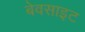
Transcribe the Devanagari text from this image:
बेवसाइट